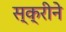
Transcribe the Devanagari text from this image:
स्क्रीने